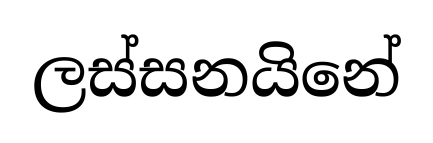
ලස්සනයිනේ